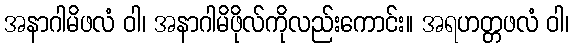
အနာဂါမိဖလံ ဝါ၊ အနာဂါမိဖိုလ်ကိုလည်းကောင်း။ အရဟတ္တဖလံ ဝါ၊